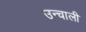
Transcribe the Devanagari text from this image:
उन्चाली